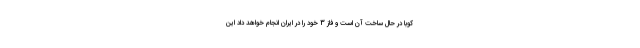
کوبا در حال ساخت آن است و فاز 3 خود را در ایران انجام خواهد داد این